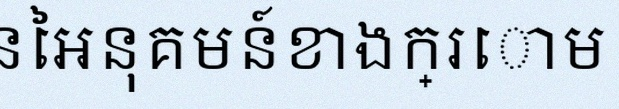
គណនាលីមីតនៃអនុគមន៍ខាងក្រោម